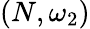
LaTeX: (N,\omega_{2})